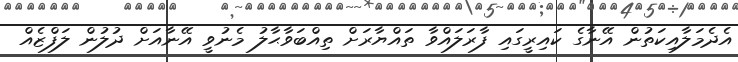
އެދެމަލާއިކަތުން އޭނާގެ ކައިރީގައި ފާރަލައްވާ ތައްޔާރަށް ތިއްބަވާޙާލު މެނުވީ އޭނާއަށް ދުލުން ލަފްޒެއް